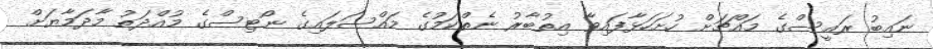
ނައިބު ރައީސްގެ މައްޗަށް ހުށަހަޅާފައިވާ އިތުބާރު ނެތްކަމުގެ މައްސަލައިގެ ނޯޓިސްގެ މުއްދަތު މާދަމާޔަށް